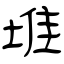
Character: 堆